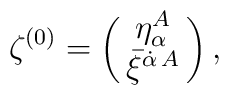
{\zeta^{(0)}  =\pmatrix{\eta_\alpha^A \cr                                    \bar \xi^{\dot \alpha\, A}\cr},}